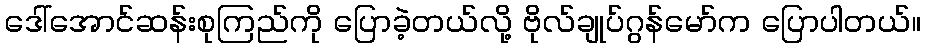
ဒေါ်အောင်ဆန်းစုကြည်ကို ပြောခဲ့တယ်လို့ ဗိုလ်ချုပ်ဂွန်မော်က ပြောပါတယ်။